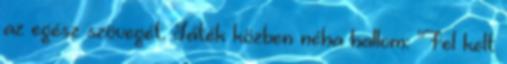
az egész szövegét. Játék közben néha hallom: "Fel kelt